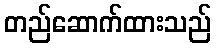
တည်ဆောက်ထားသည်